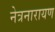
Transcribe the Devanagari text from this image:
नेत्रनारायण